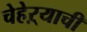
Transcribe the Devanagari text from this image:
चेहेऱ्याची